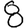
Digit: 8